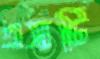
এসটি